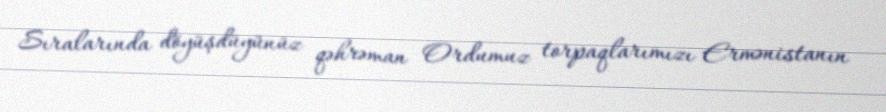
Sıralarında döyüşdüyünüz qəhrəman Ordumuz torpaqlarımızı Ermənistanın